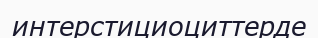
интерстициоциттерде